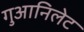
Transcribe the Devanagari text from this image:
गुआनिलेट